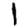
Digit: 1